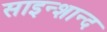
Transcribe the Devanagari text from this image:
साइन्शान्द